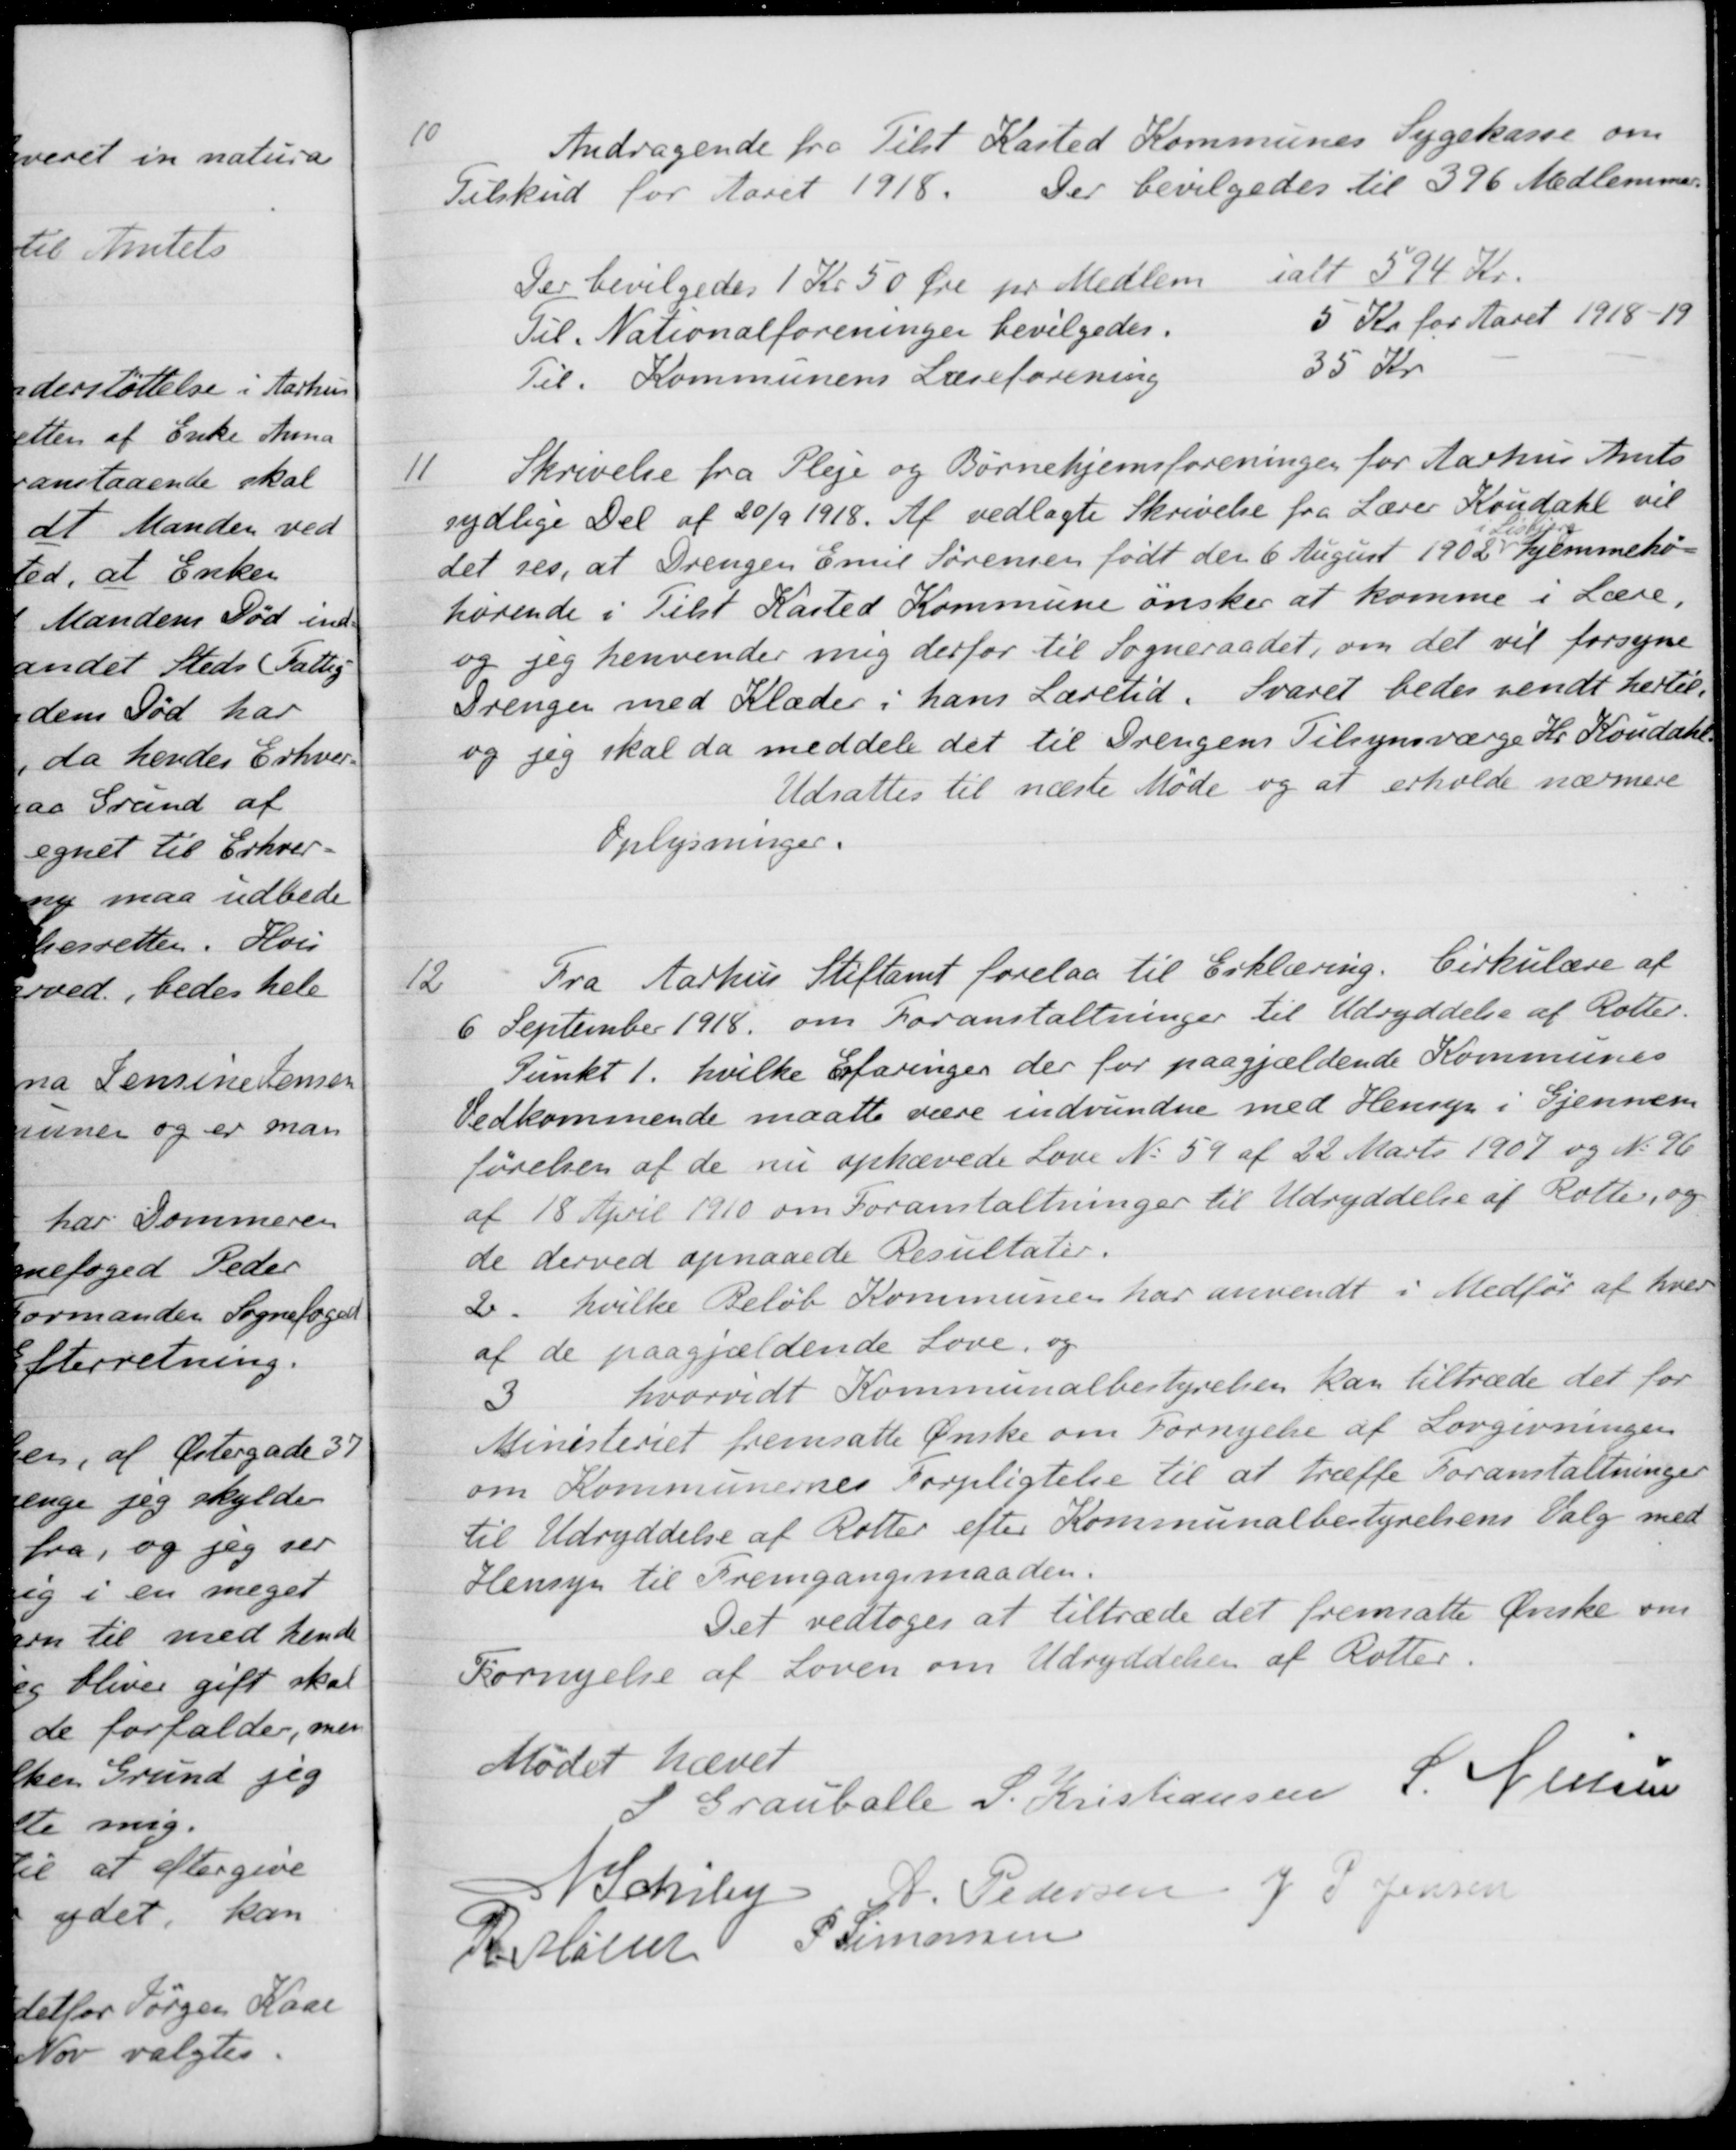
Transskription:
10
Andragende fra Tilst Kasted Kommunes Sygekasse om
Tilskud for Aaret 1918
Der bevilgedes til 396 Medlemmer
Der bevilgedes 1 Kr 50 Øre pr Medlem
ialt 594 Kr.
Til Nationalforeninger bevilgedes
5 Kr for Aaret 1918-19
Til Kommunens Læseforening
35 Kr.
11
Skrivelse fra Pleje og Børnehjemsforeningen for Aarhus Amts
sydlige Del af 20/9 1918. Af vedlagte Skrivelse fra Lærer Koudahl vil
det ses, at Drengen Emil Sørensen født den 6 August 1902
i Lisbjerg
hjemmehø-
hørende i Tilst Kasted Kommune ønsker at komme i Lære,
og jeg henvender mig derfor til Sogneraadet, om det vil forsyne
Drengen med Klæder i hans Læretid. Svaret bedes sendt hertil.
og jeg skal da meddele det til Drengens Tilsynsværge Hr. Koudahl
Udsattes til næste Møde og at erholde nærmere
Oplysninger.
12
Fra Aarhus Stiftamt forelaa til Erklæring. Cirkulære af
6 September 1918, om Foranstaltninger til Udryddelse af Rotter.
Punkt 1. hvilke Erfaringer der for paagjældende Kommunes
Vedkommende maatte være indvundne med Hensyn i Gjennem
førelsen af de nu ophævede Love No 59 af 22 Marts 1907 og No 96
af 18 April 1910 om Foranstaltninger til Udryddelse af Rotter, og
de derved opnaaede Resultater.
2. hvilke Beløb Kommunen har anvendt i Medfør af hver
af de paagjældende Love, og 
3 hvorvidt Kommunalbestyrelsen kan tiltræde det for
Ministeriet fremsatte Ønske om Fornyelse af Lovgivningen
om Kommunernes Forpligtelse til at træffe Foranstaltninger
til Udryddelse af Rotter efter Kommunalbestyrelsens Valg med
Hensyn til Fremgangsmaaden.
Det vedtoges at tiltræde det fremsatte Ønske om
Fornyelse af Loven om Udryddelsen af Rotter.
Mødet hævet
S Grauballe
S. Kristiansen
S. Nielsen
N. Schiby
A. Pedersen
J. P. Jensen
R. Møller
P Simonsen